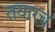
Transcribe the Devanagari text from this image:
तयारच